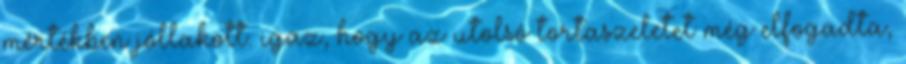
mértékben jóllakott. igaz, hogy az utolsó tortaszeletet még elfogadta,